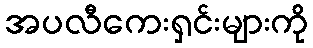
အပလီကေးရှင်းများကို